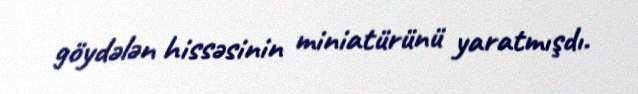
göydələn hissəsinin miniatürünü yaratmışdı.